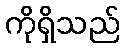
ကိုရှိသည်